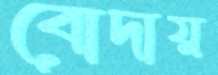
বোদায়